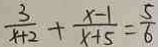
\frac { 3 } { x + 2 } + \frac { x - 1 } { x + 5 } = \frac { 5 } { 6 }